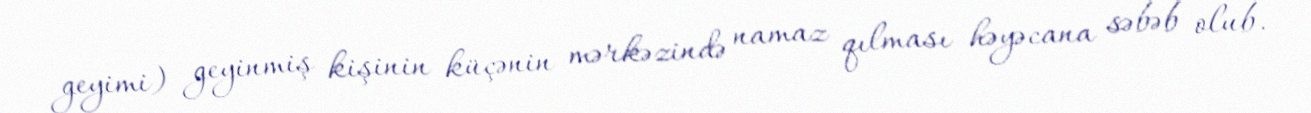
geyimi) geyinmiş kişinin küçənin mərkəzində namaz qılması həyəcana səbəb olub.